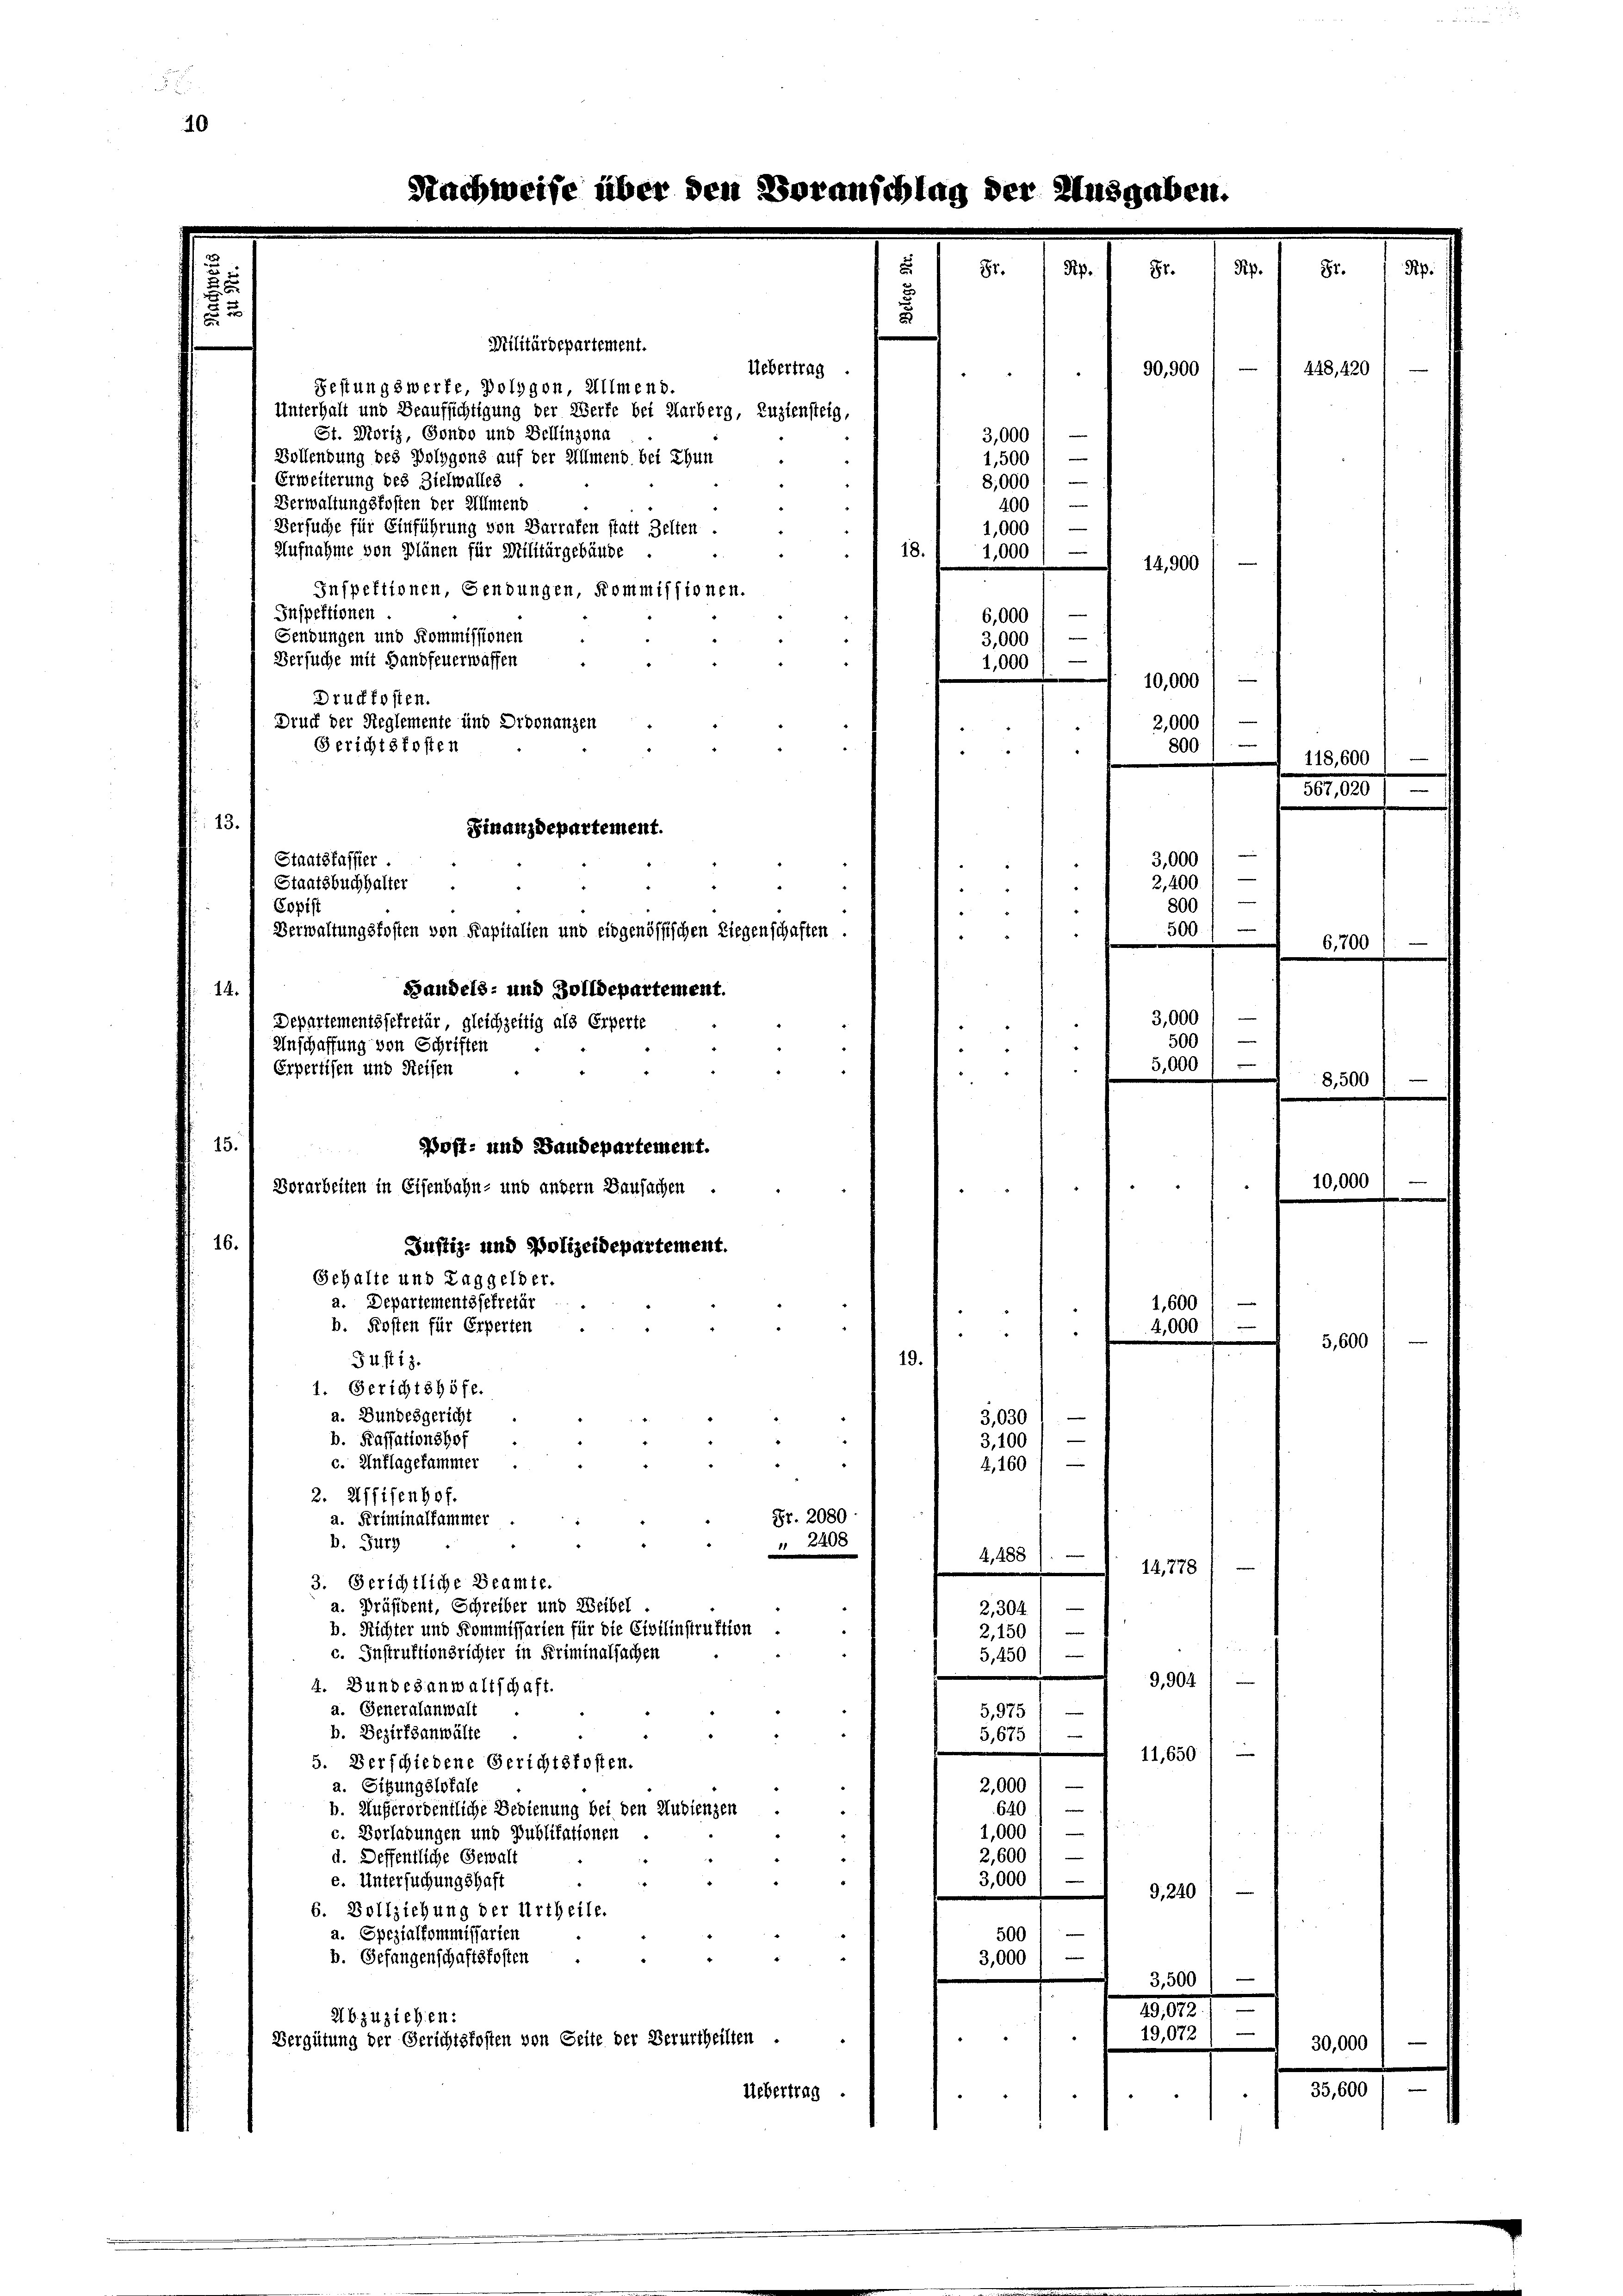
14.

15.

Departementssekretär, gleichzeitig als Erperte
Anschaffung von Schriften
Erpertisen und Reisen

Nachweise über den Voranschlag der

e
81.

.

—
3,000
1,500
.
8,000 l
400

Militärdepartement.

Uebertrag .
Festungswerfe, Polygon, Allmend.
Unterhalt und Beaufsichtigung der Werfe bei Marberg, Zuziensteig
St. Moriz, Gondo und Bellinzona
Bollendung des Polygons auf der Allmend bei Thun
“
Erweiterung des Zielwalles
Verwaltungskosten der Allmend
e
Versuche für Einführung von Barrafen statt Zelten.
1,000
e
Aufnahme von Plänen für Militärgebäude
1,000
18.
14,900
Inspektionen, Gendungen, Kommissionen.
Inspektionen
e
6,000
e
Sendungen und Kommissionen
3,000
Versuche mit Handfeuerwaffen
1,000
Drückfosten.
Druck der Reglemente und Ordonanzen
Gerichtskosten
13.
Finanzdepartement.
Staatskassier.
Staatsbuchhalter
Copist
Verwaltungskosten von Kapitalien und eidgenössischen Liegenschaften
Bandels- und Zolldepartement.
e
Post- und Baudepartement.
Dorarbeiten in Eisenbahn- und andern Bausachen
16.
Justiz- und Polizeidepartement.
Gehalte und Taggelder.
a. Departementssekretär
1,600
b. Kosten für Erperten
4,000
n
19.
54 f 13.
1. Gerichtshöfe.
a. Bundesgericht
3,030 1 —
b. Kassationshof
3,100
c. Entlagefammer
4,160)
2. Uffifenhof.
Fr. 2080
a. Kriminalfammer
b. Fürs
" 2408
4,488
14,778
3. Gerichtliche Beamte.
e
a. Präsident, Schreiber und Weibel
2,304.
b. Richter und Kommissarien für die Civilinstruktion
e
2,150
c. Instruktionsrichter in Kriminalsachen
e
5,450
9,904
4. Bundesanwaltschaft.
a. Generalanwalt
5,975)
b. Bezirksanwälte
G,675)
11,650/
5. Verschiedene Gerichtsfosten.
2,000
a. Sitzungslokale
640)
b. Außerordentliche Bedienung bei den Audienzen
1,000 /
c. Verladungen und Publikationen
2,600)
d. Deffentliche Gewalt
3,000
e. Untersuchungshaft
e
9, 240
6. Vollziehung der Urtheile.
500
a. Spezialkommissarien
e
b. Gefangenschaftskosten
3,000
3,300
1,022.
abzuziehen:
v
19,072
Vergütung der Gerichtskosten von Seite der Verurtheilten .
Uebertrag

90,900

10,000
2,000
—
800
—
3,000
e
2,400
800
500.
3,000) —
e
500

5,000

118,600

448, 420

0,0